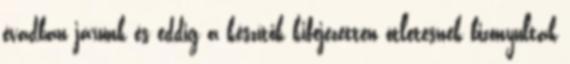
évadban járunk és eddig a készítők kifejezetten ötletesnek bizonyultak